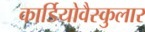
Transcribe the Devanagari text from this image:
कार्डियोवैस्कुलार